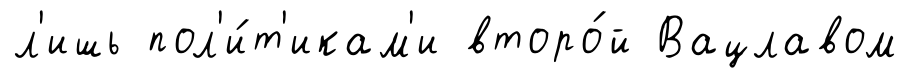
л'ишь пол'и́т'икам'и второ́й Вацлавом